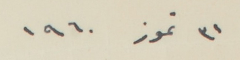
٣١ تموز ١٩٦٠